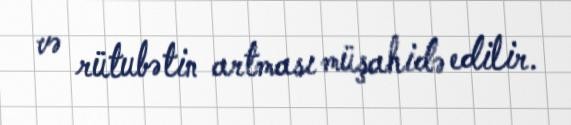
və rütubətin artması müşahidə edilir.